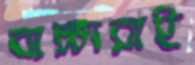
বাচ্চারাই